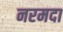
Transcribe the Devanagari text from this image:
नरमदा